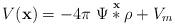
LaTeX: \begin{align*}V(\textbf{x})=-4\pi \ \Psi \overset{\textbf{x}}{\ast}\rho + V_{m}\end{align*}